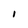
Character: I